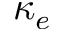
\kappa _ { e }